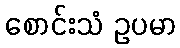
စောင်းသံ ဥပမာ